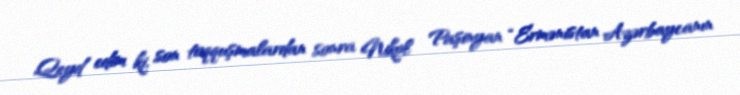
Qeyd edim ki, son toqquşmalardan sonra Nikol Paşinyan “Ermənistan Azərbaycanın